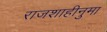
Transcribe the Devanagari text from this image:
राजशाहीनुमा